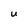
Character: u